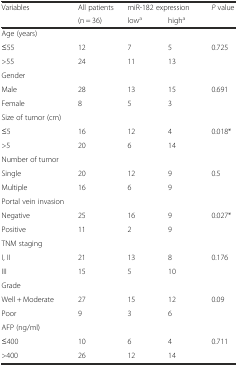
| <ROWSPAN=2> Variables | All patients | <COLSPAN=2> miR-182 expression | <ROWSPAN=2> P value |
 | (n = 36) | lowa | higha |
 | --- | --- | --- | --- | --- |
 | Age (years) |  |  |  |  |
 | ≤55 | 12 | 7 | 5 | 0.725 |
 | >55 | 24 | 11 | 13 |  |
 | Gender |  |  |  |  |
 | Male | 28 | 13 | 15 | 0.691 |
 | Female | 8 | 5 | 3 |  |
 | Size of tumor (cm) |  |  |  |  |
 | ≤5 | 16 | 12 | 4 | 0.018* |
 | >5 | 20 | 6 | 14 |  |
 | Number of tumor |  |  |  |  |
 | Single | 20 | 12 | 9 | 0.5 |
 | Multiple | 16 | 6 | 9 |  |
 | Portal vein invasion |  |  |  |  |
 | Negative | 25 | 16 | 9 | 0.027* |
 | Positive | 11 | 2 | 9 |  |
 | TNM staging |  |  |  |  |
 | I, II | 21 | 13 | 8 | 0.176 |
 | III | 15 | 5 | 10 |  |
 | Grade |  |  |  |  |
 | Well + Moderate | 27 | 15 | 12 | 0.09 |
 | Poor | 9 | 3 | 6 |  |
 | AFP (ng/ml) |  |  |  |  |
 | ≤400 | 10 | 6 | 4 | 0.711 |
 | >400 | 26 | 12 | 14 |  |